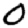
Digit: 0